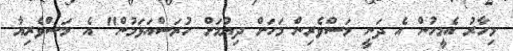
މިހާރު އެމީހުން އެ ދަނީ މަސްވެރިން މަހަށް ދިޔުމަށް ހުރަސްއަޅަމުން" އެ މަސްވެރިޔާ